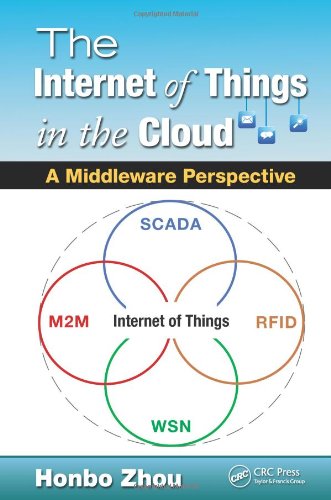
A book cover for The Internet of Things in the Cloud: A Middleware Perspective; Honbo Zhou; Computers & Technology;